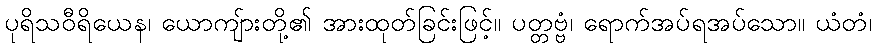
ပုရိသဝီရိယေန၊ ယောကျ်ားတို့၏ အားထုတ်ခြင်းဖြင့်။ ပတ္တဗ္ဗံ၊ ရောက်အပ်ရအပ်သော။ ယံတံ၊